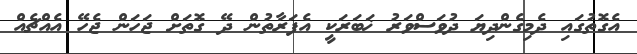
އެގޮތުގައި ދެމިގެންދިޔަ ދުވަސްވަރު ޚަބަރަކީ އެފަރާތުން ދޭ ގޮތަށް ޖަހަން ޖެހޭ އެއްޗެއް